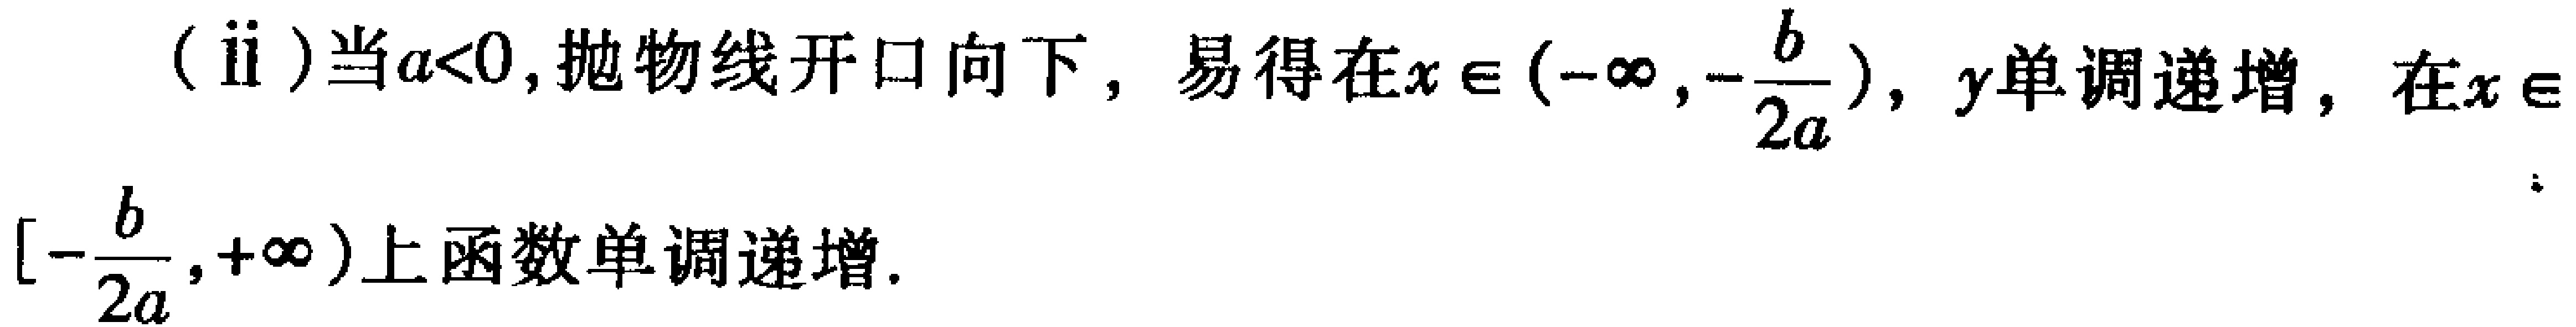
(ii)当\(a<0\)，抛物线开口向下，易得在\(x\in(-\infty,-\frac{b}{2a})\)，\(y\)单调递增，在\(x\in[-\frac{b}{2a},+\infty)\)上函数单调递增.